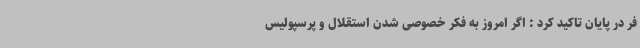
فر در پایان تاکید کرد : اگر امروز به فکر خصوصی شدن استقلال و پرسپولیس